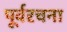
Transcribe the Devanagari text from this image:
पूर्वरचना